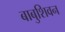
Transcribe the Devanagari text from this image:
बाबुशिवन